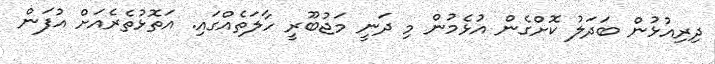
ދިރިއުޅުން ބަދަލު ކޮށްގެން އުޅެމުން މި ދަނީ މަޖުބޫރީ ހާލަތެއްގައި. އަތޮޅުތެރެއަށް އުފަން